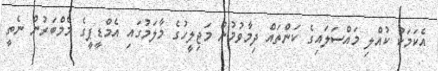
އެކަމަކު ކުއްލި މައްސަލައިގެ ކަންތައް ދިމާވުމުން މަޖިލީހުގެ މާލަމުގައި އެމްޑީޕީގެ މެމްބަރުން ނެތީ